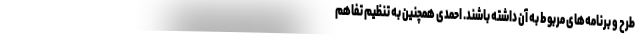
طرح و برنامه‌های مربوط به آن داشته باشند. احمدی همچنین به تنظیم تفاهم